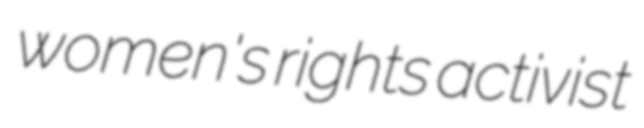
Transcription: women's rights activist